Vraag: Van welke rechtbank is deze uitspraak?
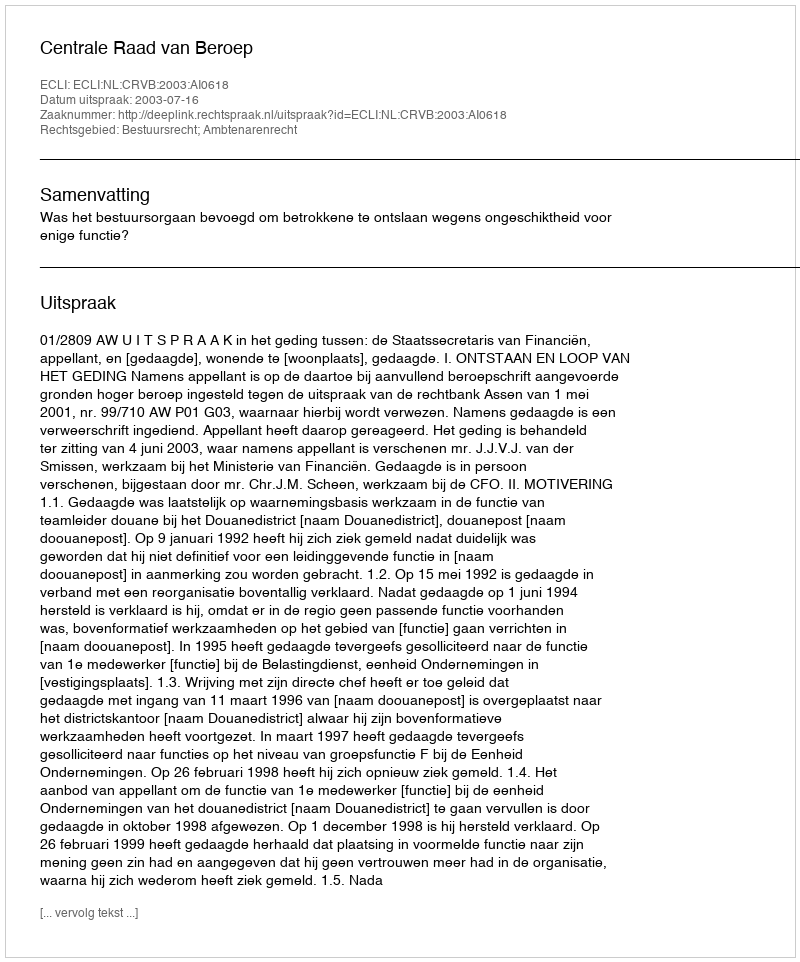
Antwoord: Centrale Raad van Beroep